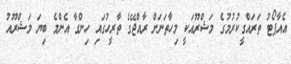
އެއާޕޯޓު ތަރައްގީކުރުމުގެ މަޝްރޫއަކީ މިހާތަނަށް ރާއްޖޭގެ ތާރީހުގައި ހިންގާ އެންމެ ބިޔަ މަޝްރޫއު